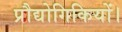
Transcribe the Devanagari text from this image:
प्रौद्योगिकियों।